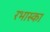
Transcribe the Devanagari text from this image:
रभास्‍का